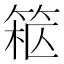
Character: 𥮹